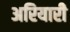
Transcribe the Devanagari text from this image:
अरियारी